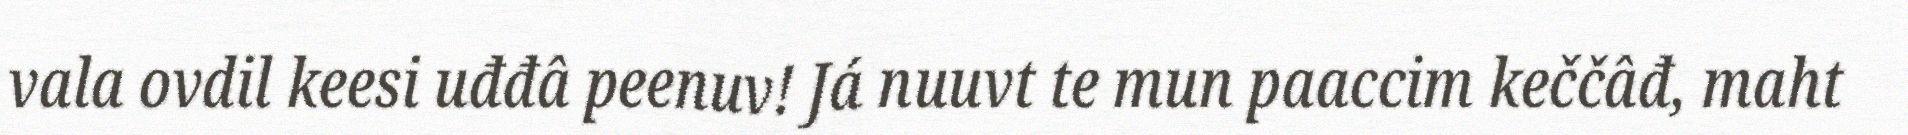
vala ovdil keesi uđđâ peenuv! Já nuuvt te mun paaccim keččâđ, maht